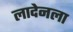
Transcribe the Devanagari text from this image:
लादेनला